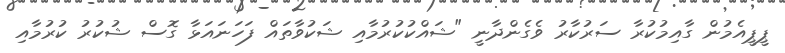
ޕީޕީއެމުން ގާއިމުކުރާ ސަރުކާރު ވެގެންދާނީ "ޝައްކުކުރުމާއި ޝަކުވާތައް ފަހަނައަޅާ ގޮސް ޝުކުރު ކުރުމާއި